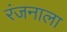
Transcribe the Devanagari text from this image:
रंजनाला